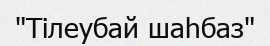
"Тілеубай шаһбаз"